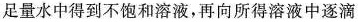
足量水中得到不饱和溶液，再向所得溶液中逐滴